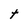
Character: t